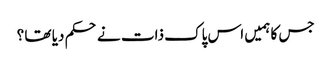
جس کا ہمیں اس پاک ذات نے حکم دیا تھا ؟